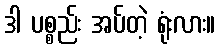
ဒါ ပစ္စည်း အပ်တဲ့ ရုံးလား။